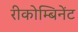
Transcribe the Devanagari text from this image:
रीकोम्बिनेंट